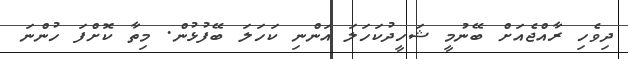
ދިވެހި ރާއްޖެއަށް ބޭނުމީ ޝަހީދުކަހަލަ އަންނި ކަހަލަ ބޭފުޅުން. މިތާ ކޮށްފަ ހުންނަ